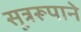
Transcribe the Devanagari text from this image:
सूत्ररूपाने